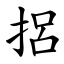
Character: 捛